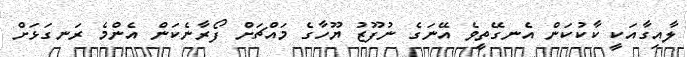
ލާއިގާއަކީ ކާކުކަން އެނގޭތީވެ އޭނަގެ ނުފޫޒު ޔޫހާގެ މައްޗަށް ފޯރާނެކަން އެންމެ ރަނގަޅަށް